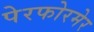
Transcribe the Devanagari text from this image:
पेरफोरमेर